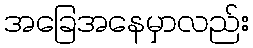
အခြေအနေမှာလည်း